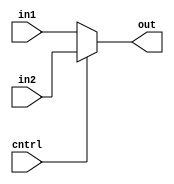
module MUX2to1_13(cntrl,in1,in2,out);
input cntrl;
input [12:0] in1,in2;
output [12:0] out;
assign out = (cntrl == 1) ? in2 : in1;
endmodule